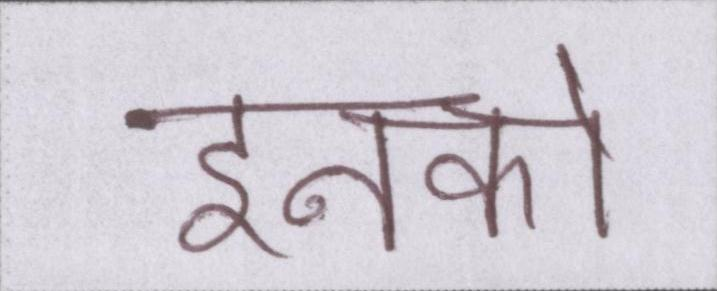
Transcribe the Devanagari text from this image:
इनको